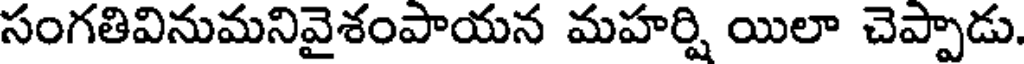
సంగతివినుమనివైశంపాయన మహర్షి యిలా చెప్పాడు.